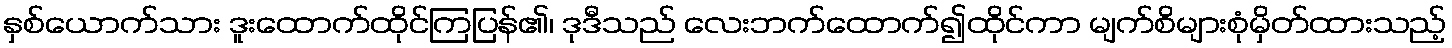
နှစ်ယောက်သား ဒူးထောက်ထိုင်ကြပြန်၏၊ ဒုဒီသည် လေးဘက်ထောက်၍ထိုင်ကာ မျက်စိများစုံမှိတ်ထားသည့်